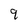
Character: 9